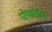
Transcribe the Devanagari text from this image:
पोपकडील